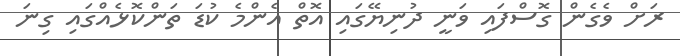
ރަށް ވެގެން ގޮސްފައި ވަނީ ދުނިޔޭގައި އޮތް އެންމެ ކުޑަ ތަންކޮޅެއްގައި ގިނަ